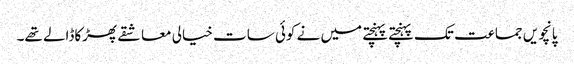
پانچویں جماعت تک پہنچتے پہنچتے میں نے کوئی سات خیالی معاشقے پھڑکاڈالے تھے۔